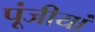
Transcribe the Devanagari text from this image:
पूंजीयां